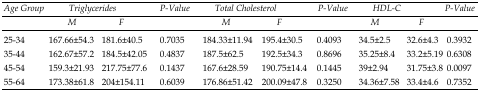
<table><thead><tr><td><b>Age Group</b></td><td colspan="2"><b>Triglycerides</b></td><td><b>P-Value</b></td><td colspan="2"><b>Total Cholesterol</b></td><td><b>P-Value</b></td><td colspan="2"><b>HDL-C</b></td><td><b>P-Value</b></td></tr><tr><td></td><td><b>M</b></td><td><b>F</b></td><td></td><td><b>M</b></td><td><b>F</b></td><td></td><td><b>M</b></td><td><b>F</b></td><td></td></tr></thead><tbody><tr><td>25-34</td><td>167.66±54.3</td><td>181.6±40.5</td><td>0.7035</td><td>184.33±11.94</td><td>195.4±30.5</td><td>0.4093</td><td>34.5±2.5</td><td>32.6±4.3</td><td>0.3932</td></tr><tr><td>35-44</td><td>162.67±57.2</td><td>184.5±42.05</td><td>0.4837</td><td>187.5±62.5</td><td>192.5±34.3</td><td>0.8696</td><td>35.25±8.4</td><td>33.2±5.19</td><td>0.6308</td></tr><tr><td>45-54</td><td>159.3±21.93</td><td>217.75±77.6</td><td>0.1437</td><td>167.6±28.59</td><td>190.75±14.4</td><td>0.1445</td><td>39±2.94</td><td>31.75±3.8</td><td>0.0097</td></tr><tr><td>55-64</td><td>173.38±61.8</td><td>204±154.11</td><td>0.6039</td><td>176.86±51.42</td><td>200.09±47.8</td><td>0.3250</td><td>34.36±7.58</td><td>33.4±4.6</td><td>0.7352</td></tr></tbody></table>